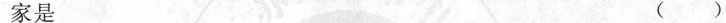
家是 ( )